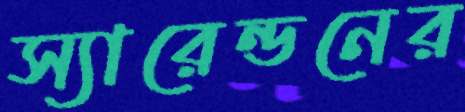
স্যারেন্ডনের